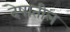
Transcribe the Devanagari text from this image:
देषातील